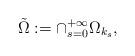
LaTeX: \begin{align*} \tilde{\Omega}:=\cap_{s=0}^{+\infty}\Omega_{k_s},\end{align*}